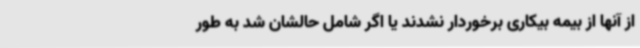
از آنها از بیمه بیکاری برخوردار نشدند یا اگر شامل حالشان شد به طور